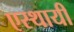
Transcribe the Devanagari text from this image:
एस्थायी